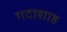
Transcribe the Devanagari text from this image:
गदाशाह